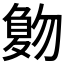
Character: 𠤀